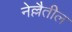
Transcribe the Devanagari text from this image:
नेल्लैतील